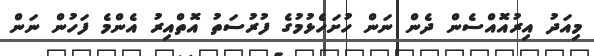
މިއަދު އިރުއޮއްސެން ދެން ނަން ހުށަހެޅުމުގެ ފުރުސަތު އޮތްއިރު އެންމެ ފަހުން ނަން